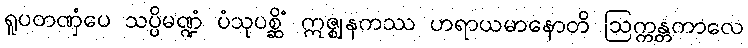
ရူပတဏှံပေ သပ္ပိမဏ္ဍံ ပံသုပစ္ဆိံ ဣဇ္ဈနကဿ ဟရာယမာနောတိ ဩက္ကန္တကာလေ